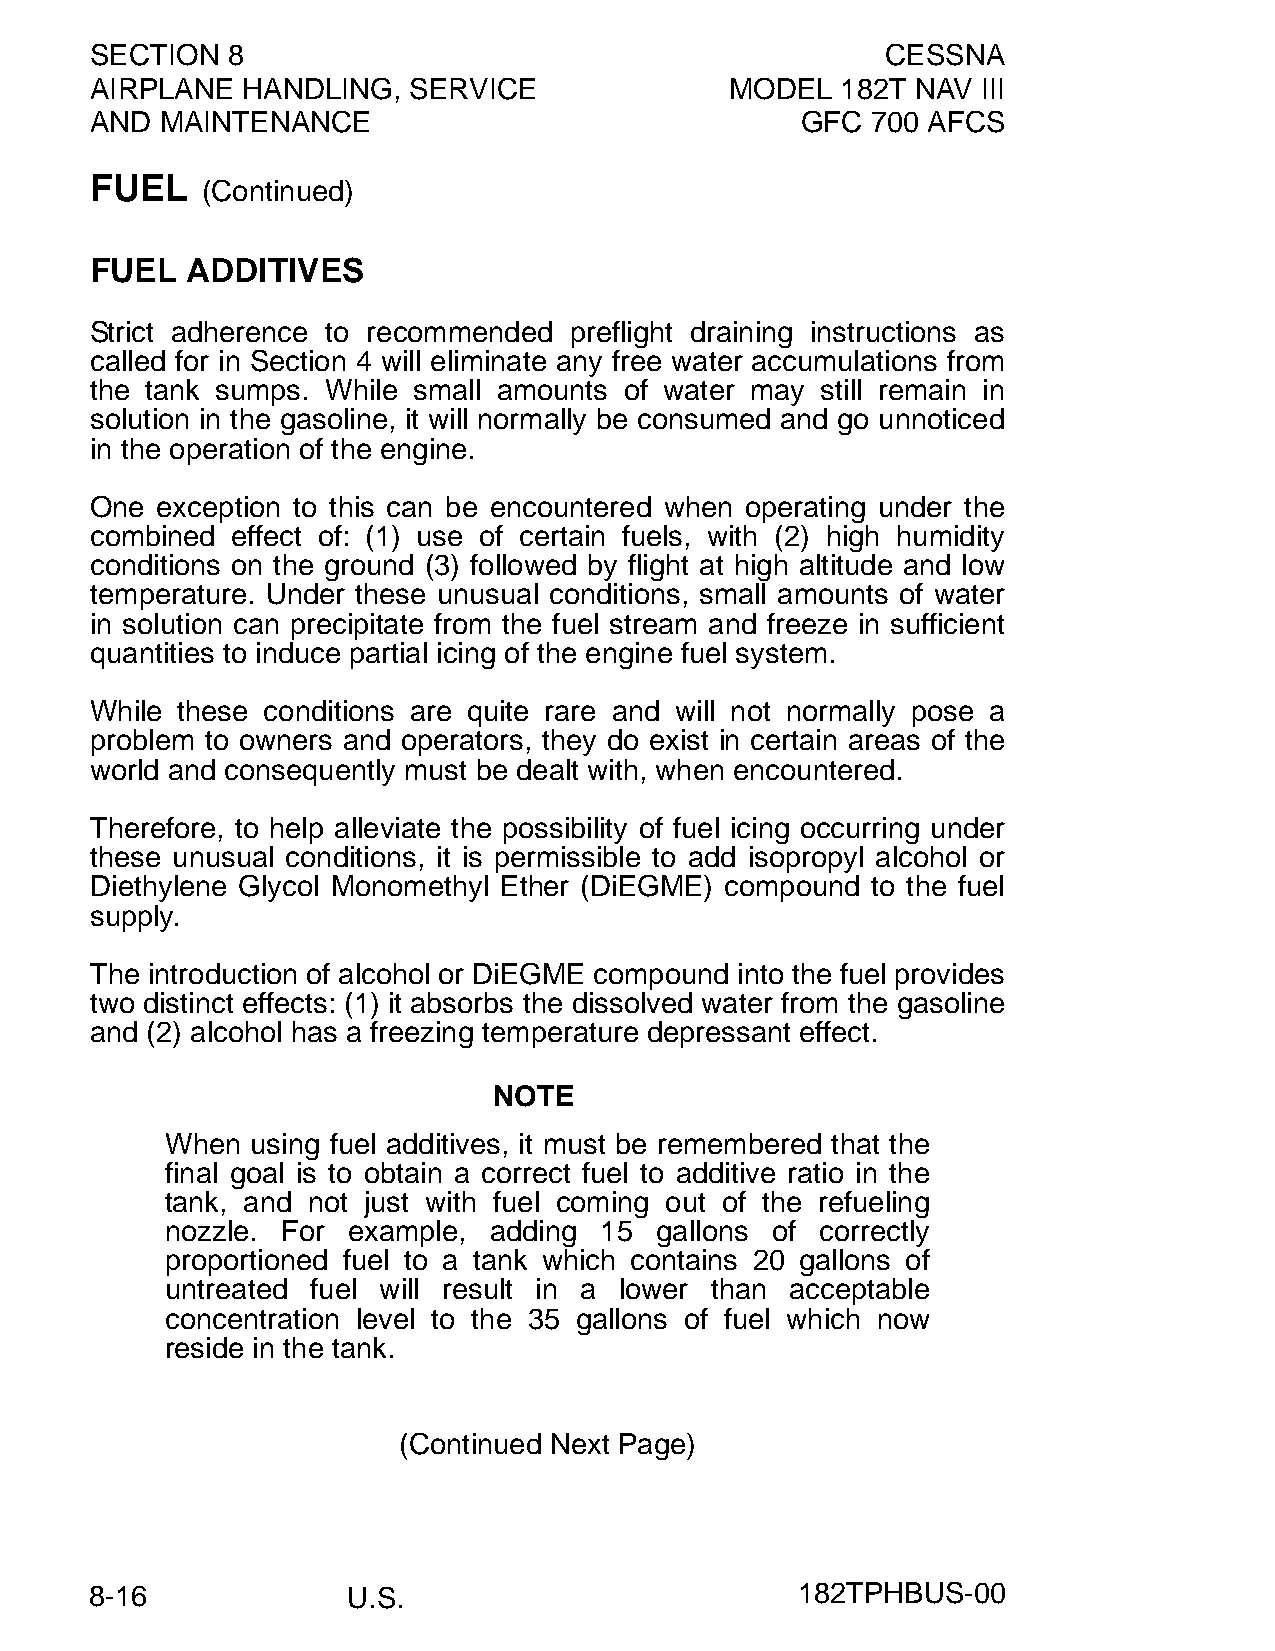
SECTION  8                                           CESSNA
 AIRPLANE  HANDLING,  SERVICE              MODEL   182T NAV III
 AND  MAINTENANCE                               GFC  700 AFCS
 FUEL
 (Continued)
 FUEL  ADDITIVES
 Strict adherence to recommended preflight draining instructions as
 called for in Section 4 will eliminate any free water accumulations from
 the tank sumps. While small amounts of water may still remain in
 solution in the gasoline, it will normally be consumed and go unnoticed
 in the operation of the engine.
 One exception to this can be encountered when operating under the
 combined effect of: (1) use of certain fuels, with (2) high humidity
 conditions on the ground (3) followed by flight at high altitude and low
 temperature. Under these unusual conditions, small amounts of water
 in solution can precipitate from the fuel stream and freeze in sufficient
 quantities to induce partial icing of the engine fuel system.
 While these conditions are quite rare and will not normally pose a
 problem to owners and operators, they do exist in certain areas of the
 world and consequently must be dealt with, when encountered.
 Therefore, to help alleviate the possibility of fuel icing occurring under
 these unusual conditions, it is permissible to add isopropyl alcohol or
 Diethylene Glycol Monomethyl Ether (DiEGME) compound to the fuel
 supply.
 The introduction of alcohol or DiEGME compound into the fuel provides
 two distinct effects: (1) it absorbs the dissolved water from the gasoline
 and (2) alcohol has a freezing temperature depressant effect.
 NOTE
 When  using fuel additives, it must be remembered that the
 final goal is to obtain a correct fuel to additive ratio in the
 tank, and not just with fuel coming out of the refueling
 nozzle. For example, adding  15 gallons of correctly
 proportioned fuel to a tank which contains 20 gallons of
 untreated fuel will result in a lower than acceptable
 concentration level to the 35 gallons of fuel which now
 reside in the tank.
 (Continued Next Page)
 8-16             U.S.                          182TPHBUS-00